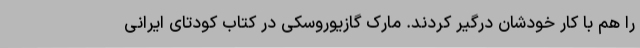
را هم با کار خودشان درگیر کردند. مارک گازیوروسکی در کتاب کودتای ایرانی